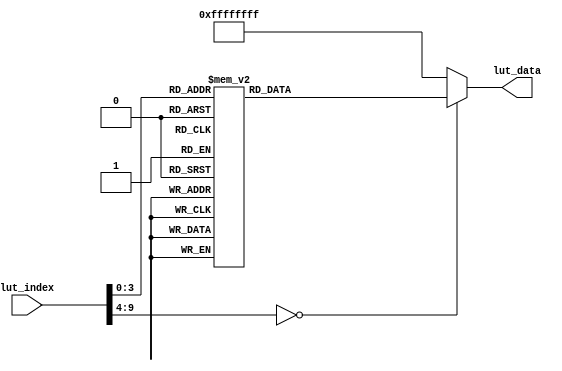
module lut_wm8731(
	input[9:0]             lut_index, // Look-up table index address
	output reg[31:0]       lut_data   // I2C device address register address register data
);

always@(*)
begin
	case(lut_index)
	    //To be compatible with the 16bit register address, add 8'h00
		8'd0: lut_data <= {8'h34,8'h00,8'h00,8'h97};          //(Left Line In) = 0x97: left line in mute
		8'd1: lut_data <= {8'h34,8'h00,8'h02,8'h97};          //(Right Line In) = 0x97: right line in mute
		8'd2: lut_data <= {8'h34,8'h00,8'h04,8'h6e};          //(Left Headphone out) = 0x7f :left headphone 63dB
		8'd3: lut_data <= {8'h34,8'h00,8'h06,8'h6e};          //(right Headphone out) = 0x7f :right headphone 63dB
		8'd4: lut_data <= {8'h34,8'h00,8'h08,8'h15};          //(analogue audio path control) = 0x15 : MIC select to DAC
		8'd5: lut_data <= {8'h34,8'h00,8'h0a,8'h06};          //(digital Audio path control) = 0x00
		8'd6: lut_data <= {8'h34,8'h00,8'h0c,8'h00};          //(Power down control) = 0x00
		8'd7: lut_data <= {8'h34,8'h00,8'h0e,8'h40};          //(Digital Audio interface format) = 0x40 : right channel DAC when DACLRC low
		8'd8: lut_data <= {8'h34,8'h00,8'h10,8'h00};          //(Sampling control) = 0x00  
		8'd9: lut_data <= {8'h34,8'h00,8'h12,8'h01};          //(Active control) = 0x00  
		default:lut_data <= {8'hff,16'hffff,8'hff};
	endcase
end


endmodule